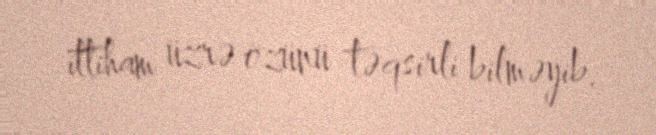
ittiham üzrə özünü təqsirli bilməyib.